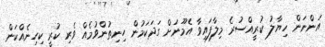
އަންނަން ހިޔާލު ކުރީއްސުރެ މިލާފައިވާ އެމޫނަށް ގަދަކަމުން ހިނިތުންވުމެއް ވެރި ކުރީ ކިހިނެއްކަން